Report on the working of the mental hospitals for Indians in Bihar and Orissa - 1925-1929
Year: 1925
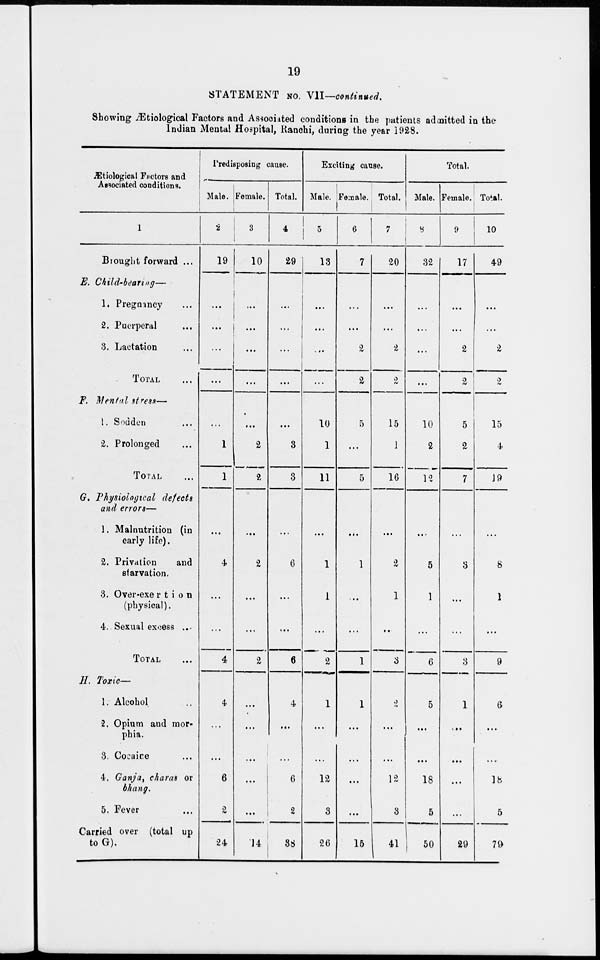
19
STATEMENT No. VII—continued.
Showing Ætiological Factors and Associated conditions in the patients admitted in the
Indian Mental Hospital, Ranchi, during the year 1928.
Ætiological Factors and
Associated conditions.
1
Brought forward ...
E. Child-bearing—
1. Pregnancy ...
2. Puerperal ...
3. Lactation ...
TOTAL ...
F. Mental stress—
1. Sodden ...
2. Prolonged ...
TOTAL ...
G. Physiological
defects
and errors—
1. Malnutrition (in
early life).
2. Privation
and
starvation.
3. Over-exertion
(physical).
4. Sexual excess ...
TOTAL ...
H. Toxic—
1. Alcohol ...
2. Opium and mor-
phia.
3. Cocaine
4. Ganja, charas or
bhang.
5. Fever ...
Carried over (total up
to G).
Predisposing cause.
Male.
2
19
...
...
...
...
...
1
1
...
4
...
...
4
4
...
...
6
2
24
Female.
3
10
...
...
...
...
...
2
2
...
2
...
...
2
...
...
...
...
...
14
Total.
4
29
...
...
...
...
...
3
3
...
6
...
...
6
4
...
...
6
2
38
Exciting cause.
Male.
5
13
...
...
...
...
10
1
11
...
1
1
...
2
1
...
...
12
3
26
Female.
6
7
...
...
2
2
5
...
5
...
1
...
...
1
1
...
...
...
...
15
Total.
7
20
...
...
2
2
15
1
16
...
2
1
...
3
2
...
...
12
3
41
Total.
Male.
8
32
...
...
...
...
10
2
12
...
5
1
...
6
5
...
...
18
5
50
Female.
9
17
...
...
2
2
5
2
7
...
3
...
...
3
1
...
...
...
...
29
Total.
10
49
...
...
2
2
15
4
19
...
8
1
...
9
6
...
...
18
5
79